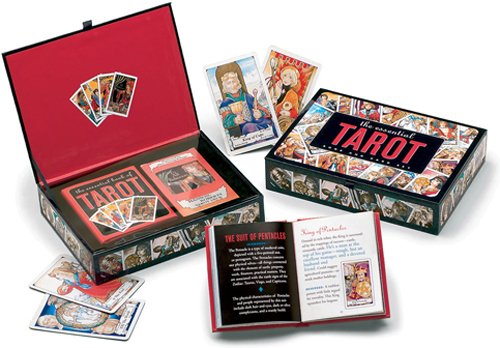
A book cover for The Essential Tarot Kit: Book and Card Set; Rosalind Simmons; Religion & Spirituality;